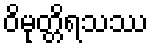
ဝိမုတ္တိရသဿ